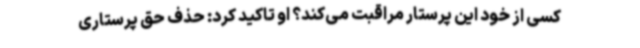
کسی از خود این پرستار مراقبت می‌کند؟ او تاکید کرد: حذف حق پرستاری